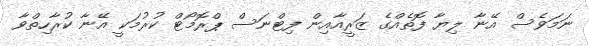
ނަމަވެސް އޭނާ ލިޔާ ފޮތެއްގެ ޒަރީއާއިން ފިޓްނަސް ޕްރޮމޯޓް ކުރުމަކީ އޭނާ ކުރާހިތްވާ